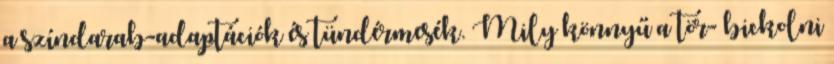
a színdarab-adaptációk és tündérmesék. Mily könnyű a tör- bickolni